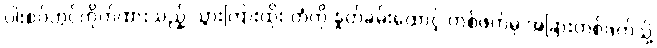
ပါးစပ်တွင်ကိုက်ထားသည့် သွားကြားထိုး တံကို နှုတ်ခမ်းထောင့် တစ်ဖက်မှ အခြားတစ်ဖက်သို့